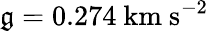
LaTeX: \mathfrak{g}=0.274\ \mathrm{{km\ s^{-2}}}